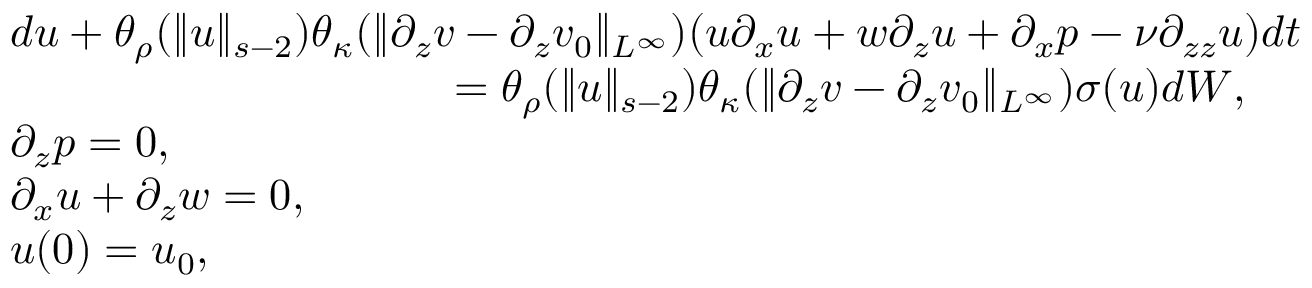
\begin{array} { r l } & { d u + \theta _ { \rho } ( \| u \| _ { s - 2 } ) \theta _ { \kappa } ( \| \partial _ { z } v - \partial _ { z } v _ { 0 } \| _ { L ^ { \infty } } ) ( u \partial _ { x } u + w \partial _ { z } u + \partial _ { x } p - \nu \partial _ { z z } u ) d t } \\ & { \qquad \qquad \qquad \qquad \qquad = \theta _ { \rho } ( \| u \| _ { s - 2 } ) \theta _ { \kappa } ( \| \partial _ { z } v - \partial _ { z } v _ { 0 } \| _ { L ^ { \infty } } ) \sigma ( u ) d W , } \\ & { \partial _ { z } p = 0 , } \\ & { \partial _ { x } u + \partial _ { z } w = 0 , } \\ & { u ( 0 ) = u _ { 0 } , } \end{array}